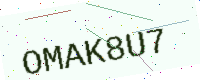
Text: OMAK8U7